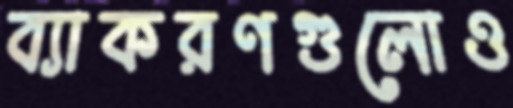
ব্যাকরণগুলোও